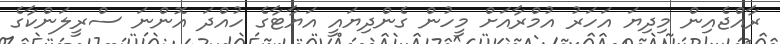
ރާއްޖެއިން މިދިޔަ އަހަރު އުމްރާއަށް މީހުން ގެންދިޔައީ އަޔާޓާގެ ހުއްދަ އޮންނަ ސްރީލަންކާގެ